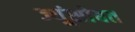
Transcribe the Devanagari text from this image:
ज्यूंसोबत